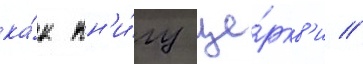
ка́к кн'и́гу це́ркв'и //